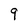
Character: q